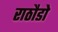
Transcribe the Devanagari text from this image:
राठौडो